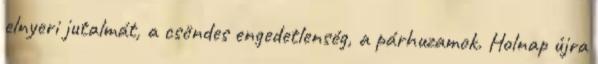
elnyeri jutalmát, a csöndes engedetlenség, a párhuzamok. Holnap újra